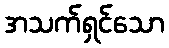
အသက်ရှင်သော